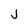
Character: J